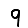
Digit: 9